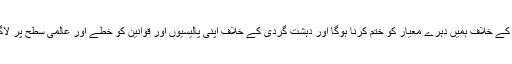
دہشت گردی کے خلاف ہمیں دہرے معیار کو ختم کرنا ہوگا اور دہشت گردی کے خلاف اپنی پالیسیوں اور قوانین کو خطے اور عالمی سطح پر لاگو کرنا ہو گا۔